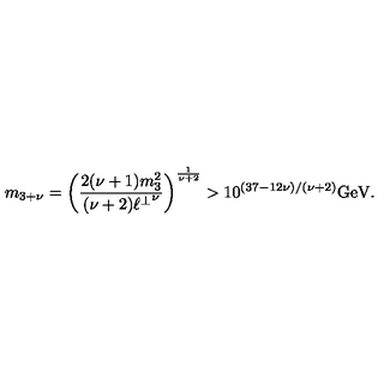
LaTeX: m _ { 3 + \nu } = \left( \frac { 2 ( \nu + 1 ) m _ { 3 } ^ { 2 } } { ( \nu + 2 ) { \ell ^ { \perp } } ^ { \nu } } \right) ^ { \frac { 1 } { \nu + 2 } } > 1 0 ^ { ( 3 7 - 1 2 \nu ) / ( \nu + 2 ) } \mathrm { G e V } .